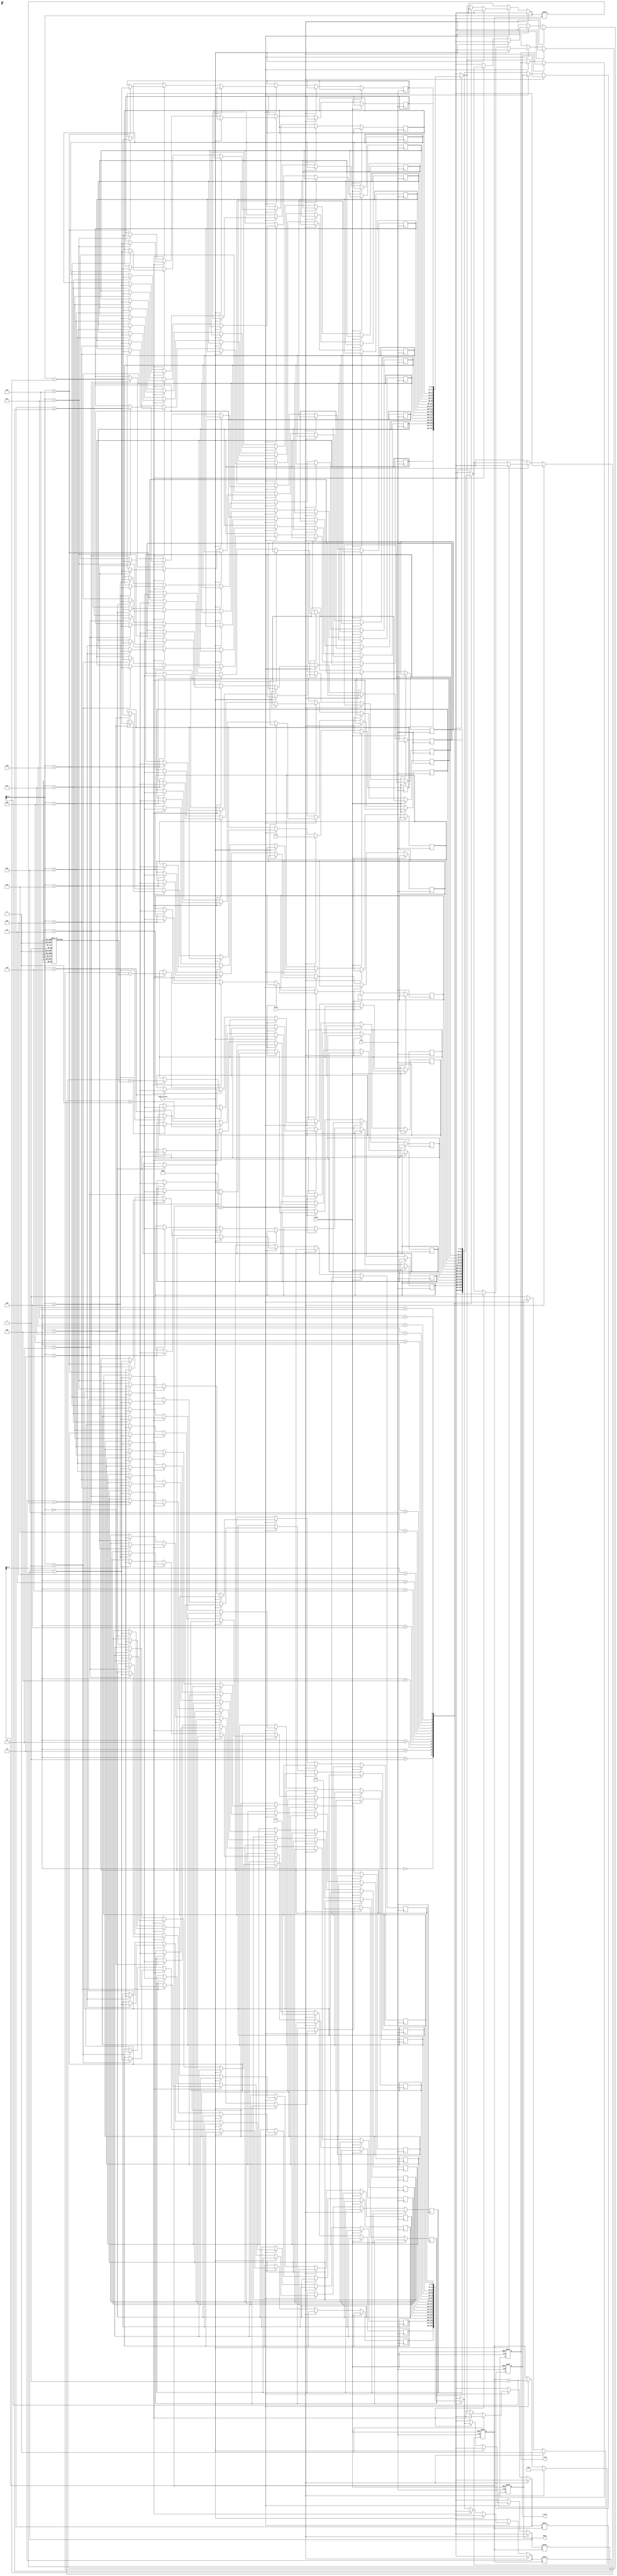
module adaptive_cordic #(
    parameter WIDTH = 16,
    parameter ITERATIONS = 16
)(
    input wire clk,
    input wire reset,
    input wire [WIDTH-1:0] x_in,
    input wire [WIDTH-1:0] y_in,
    input wire [WIDTH-1:0] z_in,  // Angle input
    input wire mode_select,       // 0: Rotation, 1: Vectoring
    input wire start,
    output reg [WIDTH-1:0] x_out,
    output reg [WIDTH-1:0] y_out,
    output reg done
);

    // Internal parameters
    reg [WIDTH-1:0] x[0:ITERATIONS-1];
    reg [WIDTH-1:0] y[0:ITERATIONS-1];
    reg [WIDTH-1:0] z[0:ITERATIONS-1];
    reg [5:0] iteration_count;
    reg [WIDTH-1:0] angle_table [0:ITERATIONS-1];  // Rotation angles

    // Initialize the angle table for CORDIC
    initial begin
        angle_table[0] = 16'h2000;  // atan(2^-0)
        angle_table[1] = 16'h1000;  // atan(2^-1)
        angle_table[2] = 16'h0800;  // atan(2^-2)
        angle_table[3] = 16'h0400;  // atan(2^-3)
        // ... Initialize rest of angles
    end

    // State machine
    always @(posedge clk or posedge reset) begin
        if (reset) begin
            iteration_count <= 0;
            x_out <= 0;
            y_out <= 0;
            done <= 0;
        end else if (start) begin
            // Initialization
            x[0] <= x_in;
            y[0] <= y_in;
            z[0] <= z_in;
            iteration_count <= 0;
            done <= 0;
        end else if (iteration_count < ITERATIONS) begin
            // CORDIC iteration logic
            if (mode_select == 0) begin  // Rotation mode
                if (z[iteration_count] < 0) begin
                    x[iteration_count + 1] <= x[iteration_count] + (y[iteration_count] >>> iteration_count);
                    y[iteration_count + 1] <= y[iteration_count] - (x[iteration_count] >>> iteration_count);
                    z[iteration_count + 1] <= z[iteration_count] + angle_table[iteration_count];
                end else begin
                    x[iteration_count + 1] <= x[iteration_count] - (y[iteration_count] >>> iteration_count);
                    y[iteration_count + 1] <= y[iteration_count] + (x[iteration_count] >>> iteration_count);
                    z[iteration_count + 1] <= z[iteration_count] - angle_table[iteration_count];
                end
            end else begin  // Vectoring mode
                // Implement vectoring logic (similar to above)
                // Adjust x, y, and z based on vectoring needs
                // Example:
                if (y[iteration_count] < 0) begin
                    // Vectoring logic goes here
                end
            end
            
            iteration_count <= iteration_count + 1;
        end else begin
            // Final output assignment
            x_out <= x[iteration_count];
            y_out <= y[iteration_count];
            done <= 1;
        end
    end

endmodule